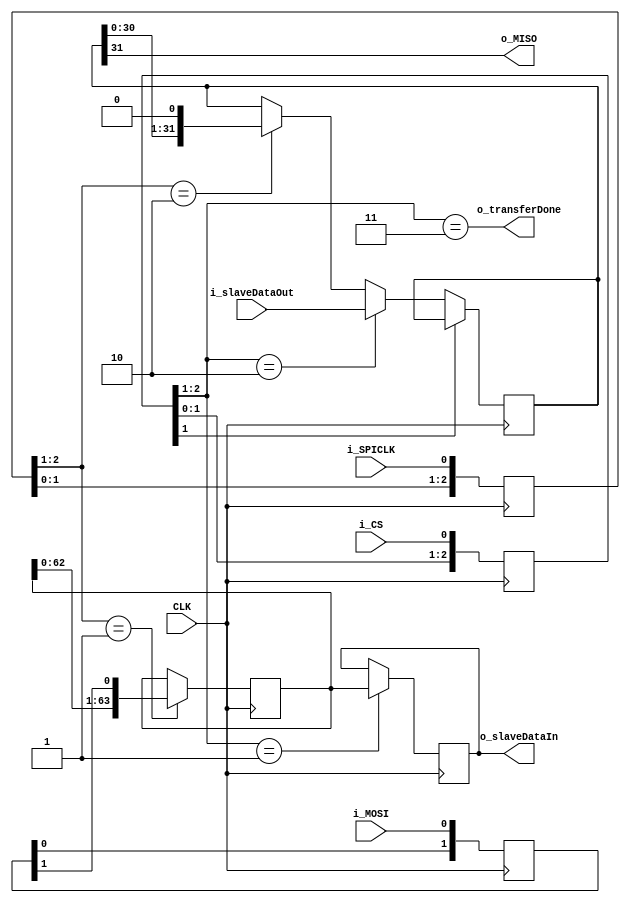
`default_nettype none
/*

Simple SPI slave in mode TODO

Sisntulo on shiftirekkari. Ulostulo shiftireggari joka alkaa aina alusta CS:n aktivoituessa (ei sotkeennu)

CS aktiivinen alhaalla. Kun CS nousee niin muu logiikka nappaa mit o_slaveDataIn rekkariin tuli.  T moduli siirt CS:n pudotessa i_slaveDataOut sislln talteen tyshiftirekkariin ja alkaa nitkuttamaan

CPOL=0, CPHA=0 eli nousevalla kellon reunalla validi. Kello idlaa 0

YKSINKERTAISTUS: Fiksattu koko

*/

module spislave
	#(parameter INPUTLEN=64,parameter OUTPUTLEN=32)(
	input      CLK, //Main clock
	
	output [INPUTLEN-1:0] o_slaveDataIn, //Recieve from wires, output from module
	input [OUTPUTLEN-1:0] i_slaveDataOut,
	output o_transferDone,
	
	//SPI pins
	input i_SPICLK,
	output o_MISO,
	input i_MOSI,
   	input i_CS
	);

reg [OUTPUTLEN-1:0] dataOut; //transfer shift register for transmission
reg [INPUTLEN-1:0] dataIn; //work register while data flows in
reg [INPUTLEN-1:0] slaveDataIn; //This goes to FPGA logic... "to slave"  buffered result


// !!! CLOCK DOMAIN !!!!
// sync SCK to the FPGA clock using a 3-bits shift register
reg [2:0] SCKr;
reg [2:0] SSELr;
reg [1:0] MOSIr;
always @(posedge CLK) begin
	SCKr <= {SCKr[1:0], i_SPICLK};
	SSELr <= {SSELr[1:0], i_CS};
	MOSIr <= {MOSIr[0], i_MOSI};
end

wire SCK_risingedge = (SCKr[2:1]==2'b01);  // now we can detect SCK rising edges
wire SCK_fallingedge = (SCKr[2:1]==2'b10);  // and falling edges

// same thing for SSEL (CS)

wire SSEL_active = ~SSELr[1];  // SSEL is active low
wire SSEL_startmessage = (SSELr[2:1]==2'b10);  // message starts at falling edge	
wire SSEL_endmessage = (SSELr[2:1]==2'b01);  // message stops at rising edge
wire MOSI_data = MOSIr[1];


//!!!! RECIEVE !!!!!!!!
always @(posedge CLK) begin
  if(SCK_risingedge) begin
    // implement a shift-left register (since we receive the data MSB first)
    dataIn <= {dataIn[INPUTLEN-2:0], MOSI_data};
  end
end

//------------- TRANSMISSION ---------------


//always @(posedge CLK) if(SSEL_startmessage) cnt<=cnt+8'h1;  // count the messages

always @(posedge CLK) begin
	if(SSEL_active) begin
		if(SSEL_startmessage) begin			
			dataOut<=i_slaveDataOut; //Copies fresh data for transfer. The latest, not
		end else begin
	  		if(SCK_fallingedge) begin
	      			dataOut <= {dataOut[OUTPUTLEN-2:0], 1'b0};
	  		end
	  	end
	end
	if(SSEL_endmessage) begin
		slaveDataIn<=dataIn; //Assing output data. No for glitches
	end
end

assign o_MISO = dataOut[OUTPUTLEN-1];  // send MSB first
assign o_transferDone=(SSELr[2:1]==2'b11);
assign o_slaveDataIn=slaveDataIn;

endmodule